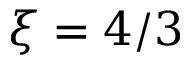
\xi = 4 / 3